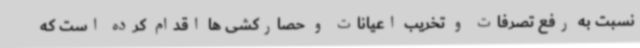
نسبت به رفع تصرفات و تخریب اعیانات و حصارکشی ها اقدام کرده است که